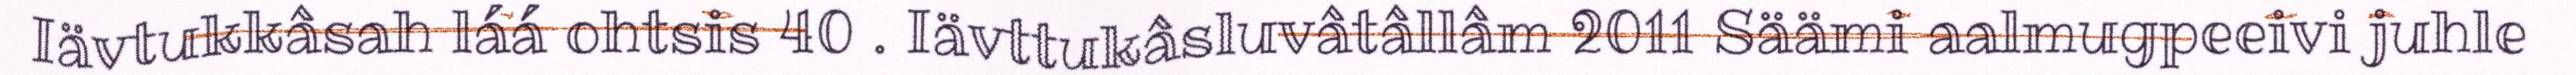
Iävtukkâsah láá ohtsis 40 . Iävttukâsluvâtâllâm 2011 Säämi aalmugpeeivi juhle